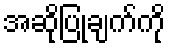
အဆိုပြုချက်ကို